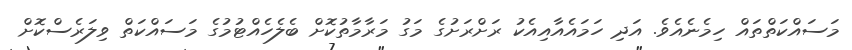
މަސައްކަތްތައް ހިމެނެއެވެ. އަދި ހަމައެއާއިއެކު ރަށްރަށުގެ މަގު މަރާމާތުކޮށް ބެލެހެއްޓުމުގެ މަސައްކަތް ވިލަރެސްކޮށް